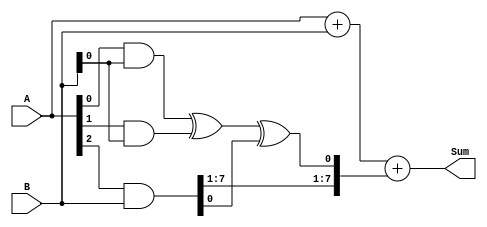
module carry_save_adder (
    input [7:0] A,
    input [7:0] B,
    output [7:0] Sum
);

wire [7:0] P1, P2, P3;
wire [8:0] CS;

// Partial Product Generator
assign P1 = A[0] & B;
assign P2 = A[1] & B;
assign P3 = A[2] & B;

// Carry Save Accumulator
assign CS[0] = P1[0] ^ P2[0] ^ P3[0];
assign CS[1:8] = {P1[1:7], P2[1:7], P3[1:7]};

// Final Sum
assign Sum = A + B + CS;

endmodule